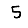
Digit: 5